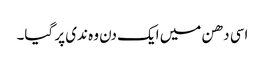
اسی دھن میں ایک دن وہ ندی پر گیا۔